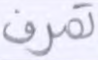
تصرف